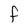
Character: f